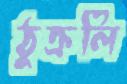
ঠুক্‌রলি